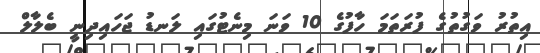
އިތުރު ވަގުތުގެ ފުރަތަމަ ހާފުގެ 10 ވަނަ މިނެޓުގައި ލަނޑު ޖަހައިދިނީ ބެލާލް